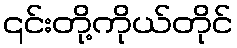
၎င်းတို့ကိုယ်တိုင်